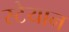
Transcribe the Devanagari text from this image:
स्टेयान